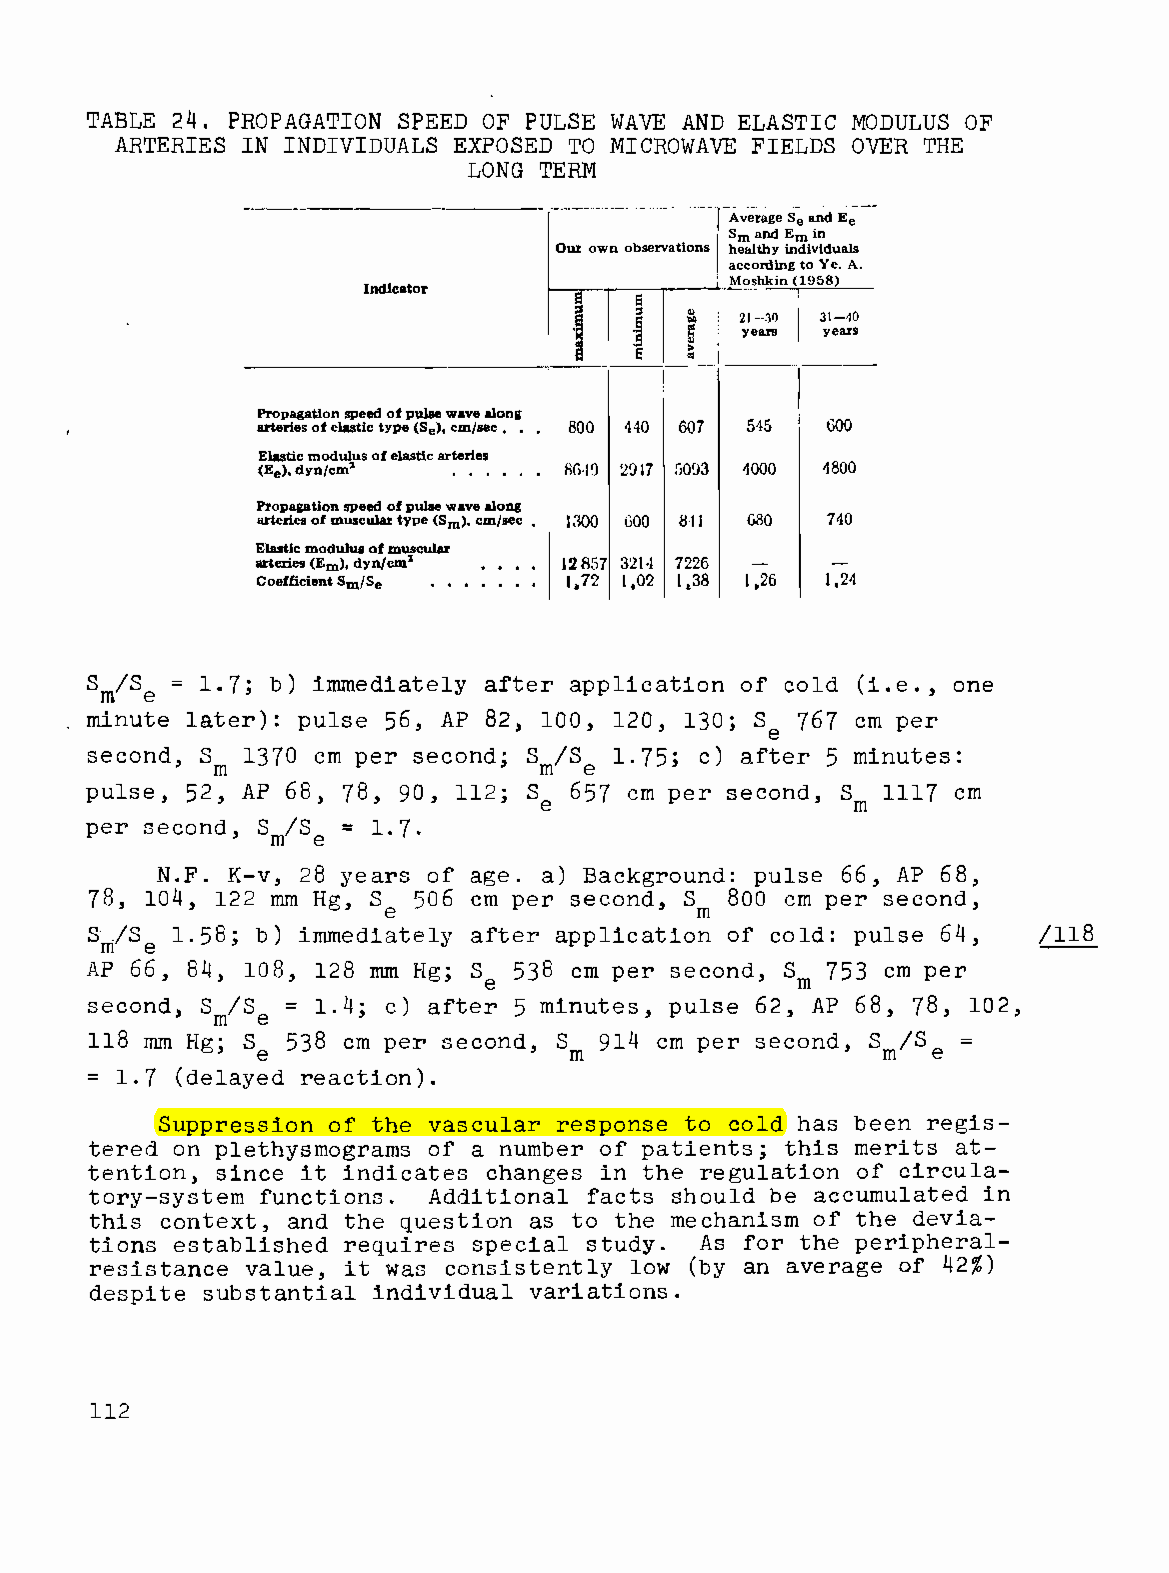
TABLE 24. PROPAGATION SPEED OF PULSE WAVE AND ELASTIC MODULUS OF
 ARTERIES IN INDIVIDUALS EXPOSED TO MICROWAVE FIELDS OVER THE
 LONG TERM
 -
 Average Se and Ee
 Smand Em in
 Our own observations healthy individuals
 according to Yeo A.
 Indicator     a
 13
 ::s ::s
 .§     & ;
 ~
 a~
 13 Gi
 Propagation speed of pulse wave along
 arteries of elastic type (Se)' em/sec. 800 440 607 545 600
 Elastic modulus of elastic arteries
 (Ee), dyn/cm'       1l(ll9 2917 50G3 4000 4800
 Propagation speed of pulse wave along
 arteries of muscular type (Sm)' cm/sec • 1300 GOO 811 080 740
 Elastic modulus of muscular
 arteries (Em)' dyn/cm' 12857 32\01 7226
 Coefficient Sm/Se   1.72 1,02 1.38 1.26 1,24
 Sm/Se = 1.7; b) immediately after application of cold (i.e., one
 minute later): pulse 56, AP 82, 100, 120, 130; S 767 cm per
 e
 second, S 1370 cm per second; S IS 1.75; c) after 5 minutes:
 m                     m  e
 pulse, 52, AP 68, 78, 90, 112; S 657 cm per second, S 1117 cm
 e                   m
 =
 per second, SrnlSe 1.7.
 N.F. K-v, 28 years of age. a) Background: pulse 66, AP 68,
 78, 104, 122 mm Hg, Se 506 cm per second, Sm 800 cm per second,
 Sr/Se 1. 58; b) immediately after application of cold: pulse 64, 1118
 AP 66, 84, 108, 128 mm Hg; Se 538 cm per second, Sm 753 cm per
 second, S IS = 1.4; c) after 5 minutes, pulse 62, AP 68, 78, 102,
 m  e
 118 mm Hg; S 538 cm per second, S 914 cm per second, S IS =
 e                    m                   m   e
 =
 1.7 (delayed reaction).
 Suppression of the vascular response to cold has been regis­
 tered on plethysmograms of a number of patients; this merits at­
 tention, since it indicates changes in the regulation of circula­
 tory-system functions. Additional facts should be accumulated in
 this context, and the question as to the mechanism of the devia­
 tions established requires special study. As for the peripheral­
 resistance value, it was consistently low (by an average of 42%)
 despite substantial individual variations.
 112